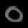
Digit: ၀